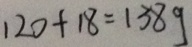
1 2 0 + 1 8 = 1 3 8 g